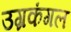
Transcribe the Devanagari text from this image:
उग्रकंगल